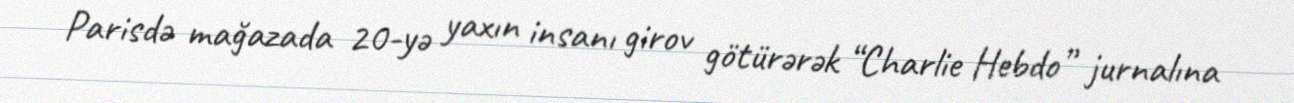
Parisdə mağazada 20-yə yaxın insanı girov götürərək “Charlie Hebdo” jurnalına